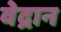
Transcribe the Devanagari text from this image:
वेद्रान